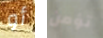
أو تؤمن